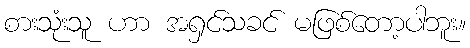
စားသုံးသူ ဟာ အရှင်သခင် မဖြစ်တော့ပါဘူး။